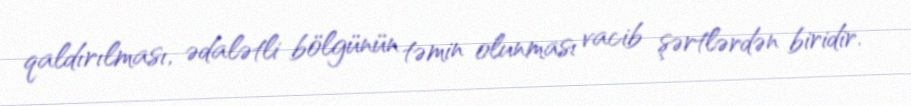
qaldırılması, ədalətli bölgünün təmin olunması vacib şərtlərdən biridir.